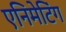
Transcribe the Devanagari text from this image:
एनिमेटिंग